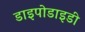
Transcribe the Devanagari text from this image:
डाइपोडाइडी